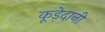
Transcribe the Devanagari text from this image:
कूड़ेदानी